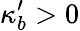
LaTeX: \kappa_{b}^{\prime}>0